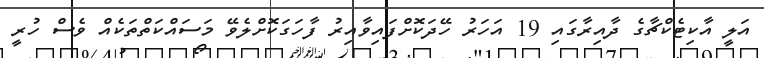
އަލީ އާކިޓެކްޗާގެ ދާއިރާގައި 19 އަހަރު ހޭދަކޮށްފައިވާއިރު ފާހަގަކޮށްލެވޭ މަސައްކަތްތަކެއް ވެސް ހުރީ